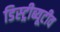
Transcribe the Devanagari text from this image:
डिस्ट्रीब्यूटीव